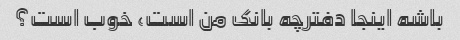
باشه اینجا دفترچه بانک من است، خوب است؟